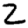
Digit: 2